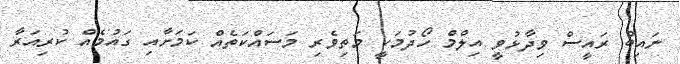
ނައިބް ރައީސް ވިދާޅުވީ އިލްމް ހޯދުމަކީ މަތިވެރި މަސައްކަތެއް ކަމަށާއި ގައުމެއް ކުރިއަރާ